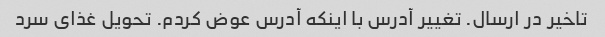
تاخیر در ارسال. تغییر آدرس با اینکه آدرس عوض کردم. تحویل غذای سرد